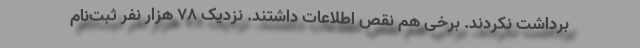
برداشت نکردند. برخی هم نقص اطلاعات داشتند. نزدیک ۷۸ هزار نفر ثبت‌نام